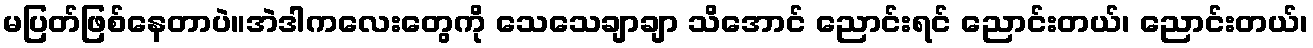
မပြတ်ဖြစ်နေတာပဲ။အဲဒါကလေးတွေကို သေသေချာချာ သိအောင် ညောင်းရင် ညောင်းတယ်၊ ညောင်းတယ်၊